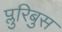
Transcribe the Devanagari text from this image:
प्लुरिबुस